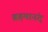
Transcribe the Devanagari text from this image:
ब्रहमानंद